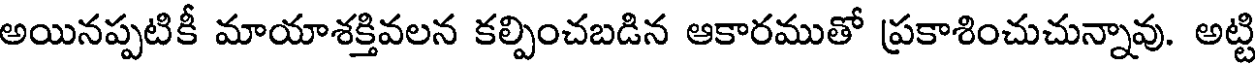
అయినప్పటికీ మాయాశక్తివలన కల్పించబడిన ఆకారముతో ప్రకాశించుచున్నావు. అట్టి